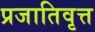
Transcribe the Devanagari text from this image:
प्रजातिवृत्त